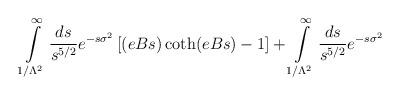
LaTeX: \begin{align*}\int\limits_{1/\Lambda^2}^\infty {ds\over s^{5/2}}e^{-s\sigma^2}\left[ (eBs) \coth(eBs) - 1\right] + \int\limits_{1/\Lambda^2}^\infty {ds\over s^{5/2}}e^{-s\sigma^2}\end{align*}